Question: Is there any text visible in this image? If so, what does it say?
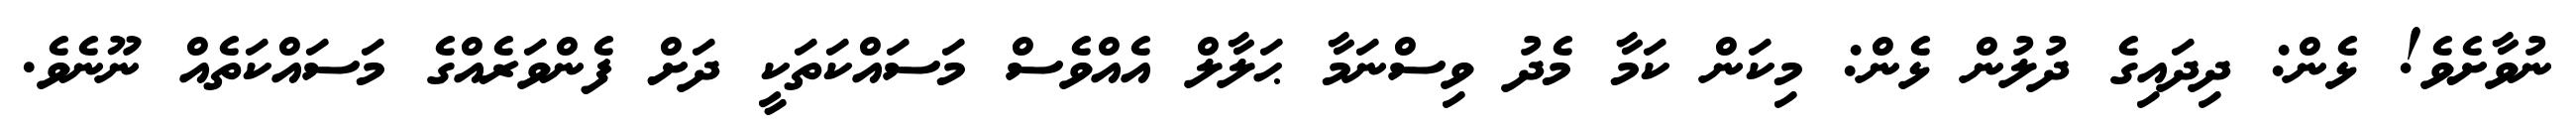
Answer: ނުވާށެވެ! ޅެން: ދިދައިގެ ދުލުން ޅެން: މިކަން ކަމާ މެދު ވިސްނަމާ ޙަލާލް އެއްވެސް މަސައްކަތަކީ ދަށް ފެންވަރެއްގެ މަސައްކަތެއް ނޫނެވެ.